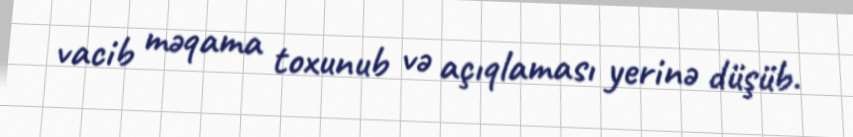
vacib məqama toxunub və açıqlaması yerinə düşüb.